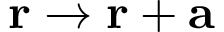
\mathbf { r } \rightarrow \mathbf { r } + \mathbf { a }